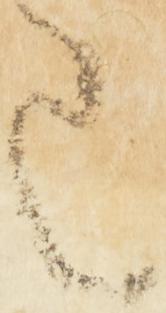
已